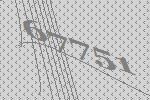
67751